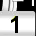
Digit: 1